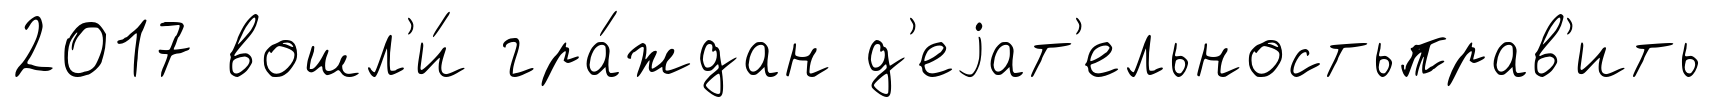
2017 вошл'и́ гра́ждан д'еjат'ельностьправ'ить